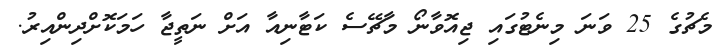
މެޗުގެ 25 ވަނަ މިނެޓުގައި ޖިއޮވާނޯ މާޗޭސެ ކަޓާނިއާ އަށް ނަތީޖާ ހަމަކޮށްދިންއިރު.